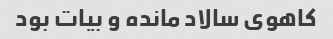
کاهوی سالاد مانده و بیات بود